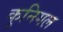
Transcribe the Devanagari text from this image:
कुनिगल